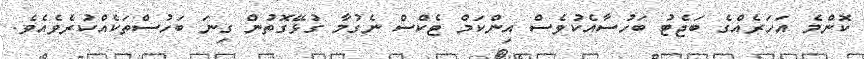
ކޮންމެ އަހަރެއްގެ ބަޖެޓު ބަހުސާއެކުވެސް އިންކަމް ޓެކްސް ނެގުމާ ގުޅޭގޮތުން ގިނަ ބަހުސްތަކެއްކުރެވެއެވެ.